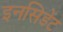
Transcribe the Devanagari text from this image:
इनसिडेंट